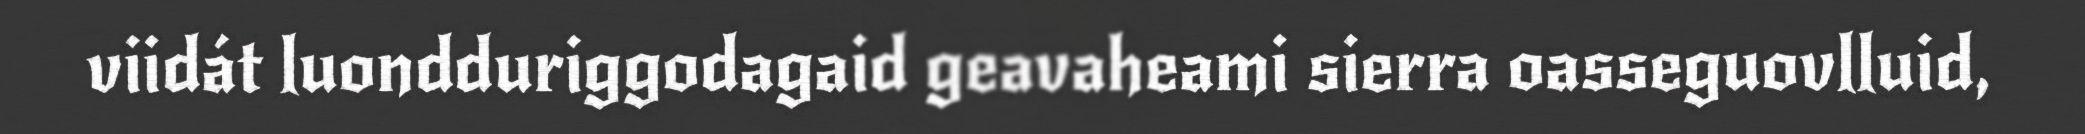
viidát luondduriggodagaid geavaheami sierra oasseguovlluid,